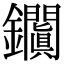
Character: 𨰎